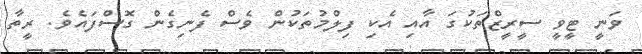
ވަނީ ޓީވީ ސީރީޒްތަކުގަ އާއި އެކި ފިލްމުތަކުން ވެސް ފެނިގެން ގޮސްފައެވެ. ރީތާ